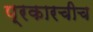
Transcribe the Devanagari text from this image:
प्रकारचीच